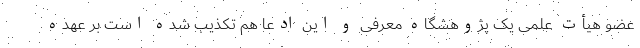
عضو هیأت علمی یک پژوهشگاه معرفی و این ادعا هم تکذیب شده است بر عهده